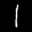
Label: 1